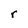
Character: r